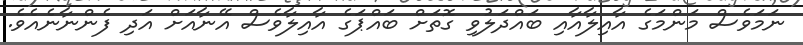
ނަމަވެސް މަންމަގެ އާއިލާއާއި ބައްދަލުވި ގޮތަށް ބައްޕަގެ އާއިލާވެސް އޭނާއަށް އަދި ފެންނާނެއެވެ.